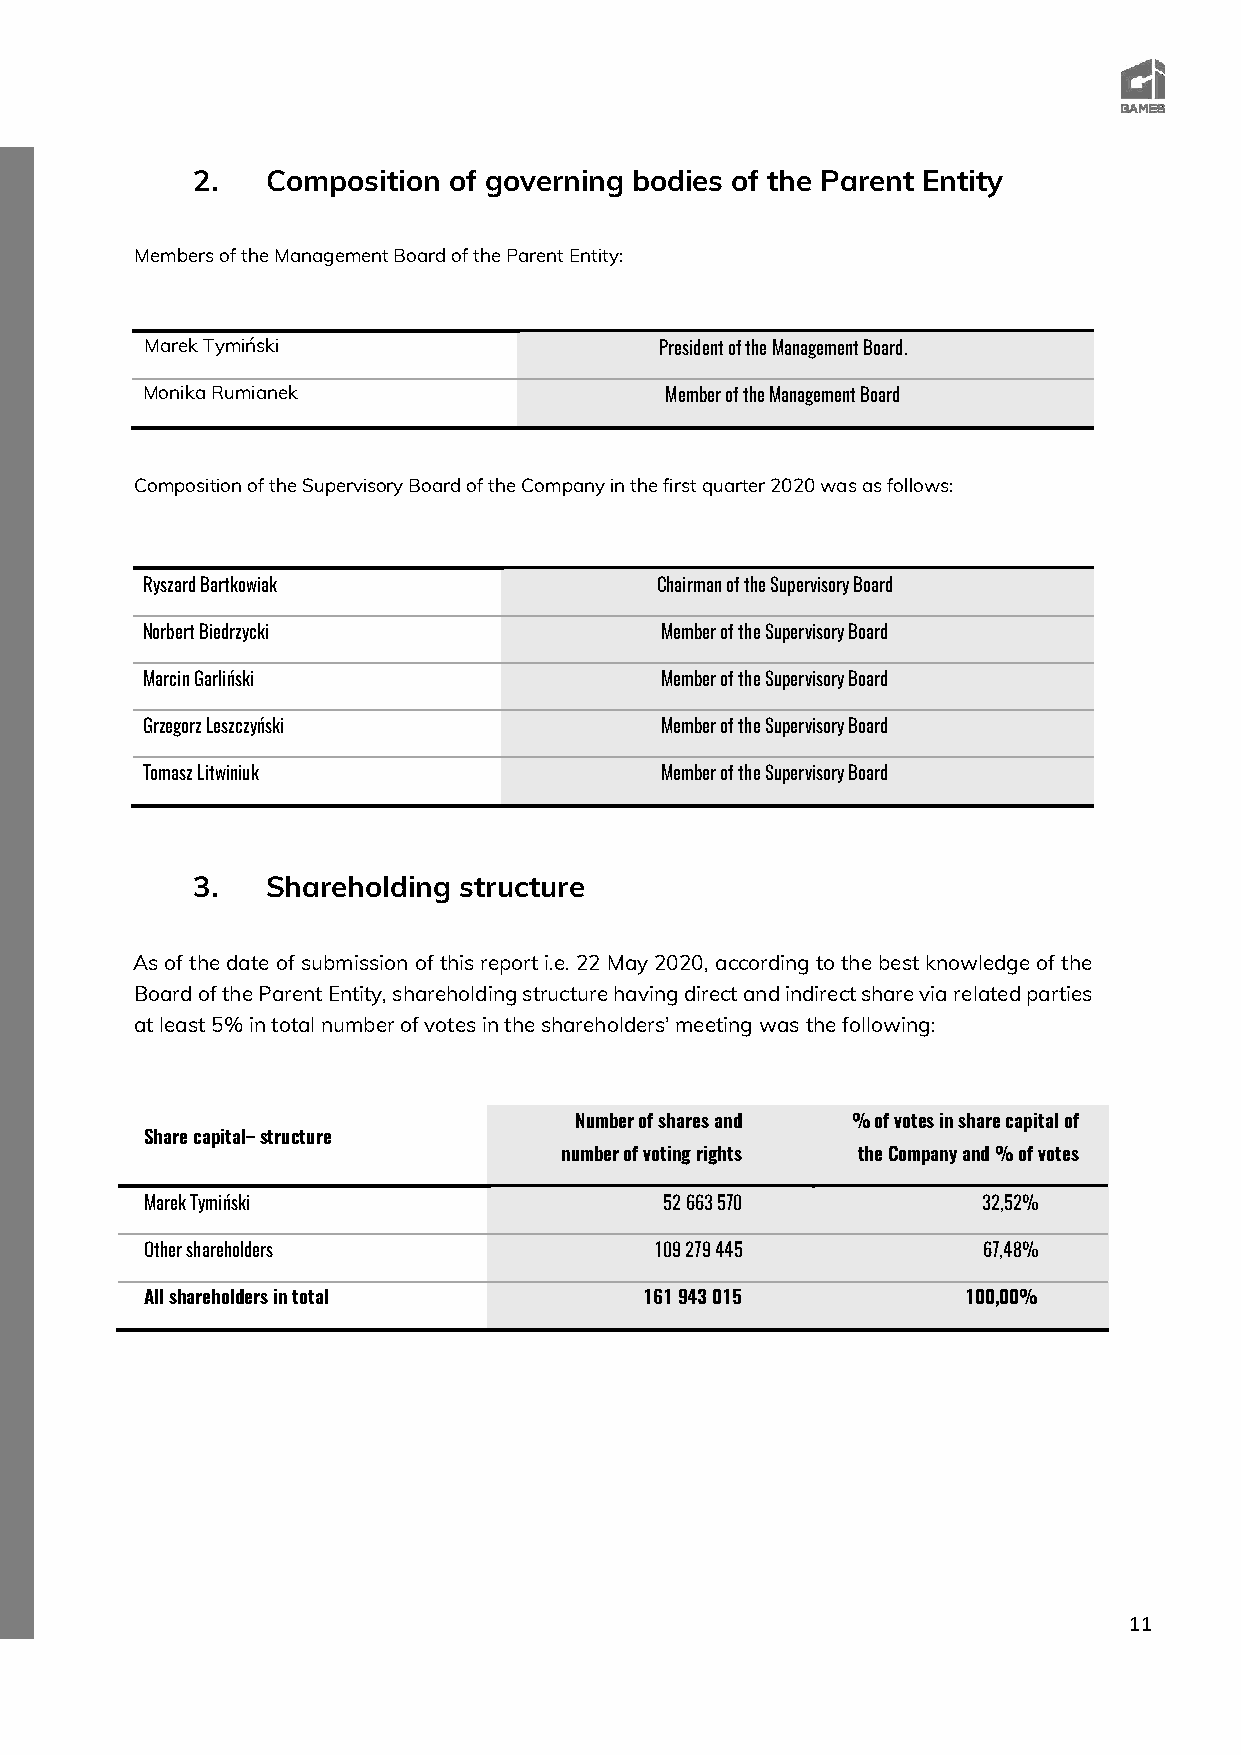
2.   Composition of governing bodies of the Parent Entity
 Members of the Management Board of the Parent Entity:
 Marek Tymiński                    President of the Management Board.
 Monika Rumianek                    Member of the Management Board
 Composition of the Supervisory Board of the Company in the first quarter 2020 was as follows:
 Ryszard Bartkowiak                Chairman of the Supervisory Board
 Norbert Biedrzycki                 Member of the Supervisory Board
 Marcin Garliński                   Member of the Supervisory Board
 Grzegorz Leszczyński               Member of the Supervisory Board
 Tomasz Litwiniuk                   Member of the Supervisory Board
 3.   Shareholding structure
 As of the date of submission of this report i.e. 22 May 2020, according to the best knowledge of the
 Board of the Parent Entity, shareholding structure having direct and indirect share via related parties
 at least 5% in total number of votes in the shareholders’ meeting was the following:
 Number of shares and % of votes in share capital of
 Share capital– structure
 number of voting rights the Company and % of votes
 Marek Tymiński                    52 663 570           32,52%
 Other shareholders               109 279 445           67,48%
 All shareholders in total        161 943 015          100,00%
 11